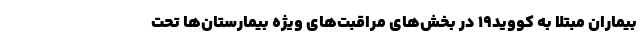
بیماران مبتلا به کووید۱۹ در بخش‌های مراقبت‌های ویژه بیمارستان‌ها تحت